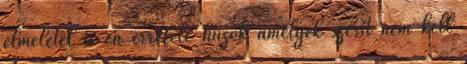
elméletel is én errefelé húzok amelyek szerit nem kell